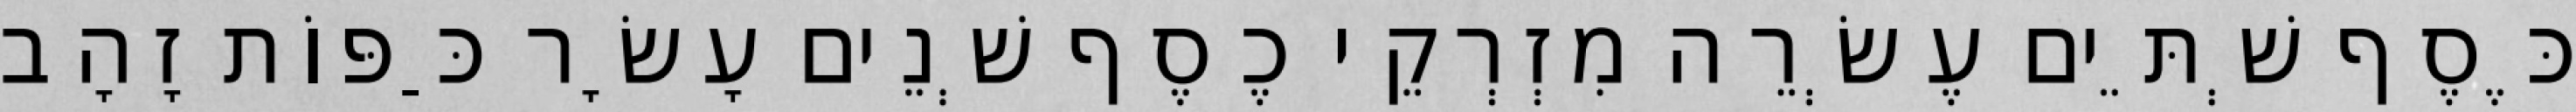
כֶּסֶף שְׁתֵּים עֶשְׂרֵה מִזְרְקֵי כֶסֶף שְׁנֵים עָשָׂר כַּפּוֹת זָהָב